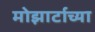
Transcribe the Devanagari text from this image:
मोझार्टाच्या